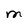
Character: M